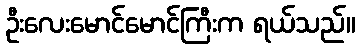
ဦးလေးမောင်မောင်ကြီးက ရယ်သည်။